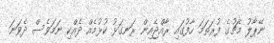
ނޭޕާލު މެޗުގެ ފުރަތަމަ ހާފުގައި ރާއްޖެއިން ރަނގަޅު ކުޅުމެއް ދެއްކި ނަމަވެސް ދެވަނަ